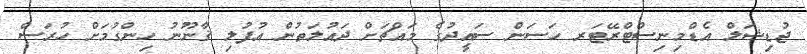
ޖުޑިޝަލް އެޑްމިނިސްޓްރޭޓަރ ހަސަން ސައީދުގެ މައްޗަށް ދައުލަތުން އުފުލި ޤާނޫނު ހިންގުމަށް ހުރަސް